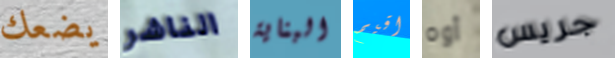
يضعك الناشر البناية اقيم أوه جريس